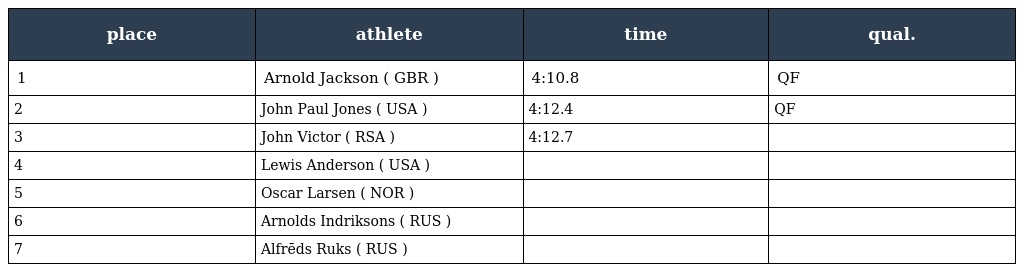
| place | athlete | time | qual. |
 | --- | --- | --- | --- |
 | 1 | Arnold Jackson ( GBR ) | 4:10.8 | QF |
 | 2 | John Paul Jones ( USA ) | 4:12.4 | QF |
 | 3 | John Victor ( RSA ) | 4:12.7 |  |
 | 4 | Lewis Anderson ( USA ) |  |  |
 | 5 | Oscar Larsen ( NOR ) |  |  |
 | 6 | Arnolds Indriksons ( RUS ) |  |  |
 | 7 | Alfrēds Ruks ( RUS ) |  |  |